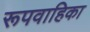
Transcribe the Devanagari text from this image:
रूपवाहिका